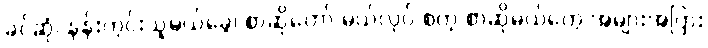
ခင်ဆုံ၊ နန်းတွင်းသူမယ်ခွေ၊ စာဆိုတော် မယ်လုပ် စတဲ့ စာဆိုမယ်တွေ အများအပြား